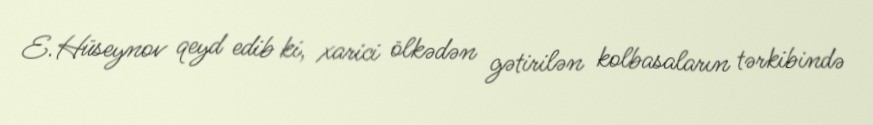
E.Hüseynov qeyd edib ki, xarici ölkədən gətirilən kolbasaların tərkibində